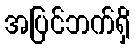
အပြင်ဘက်ရှိ